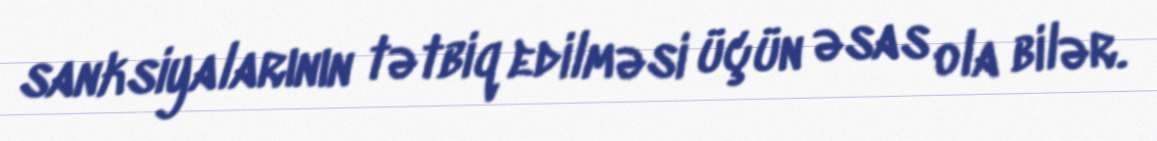
sanksiyalarının tətbiq edilməsi üçün əsas ola bilər.